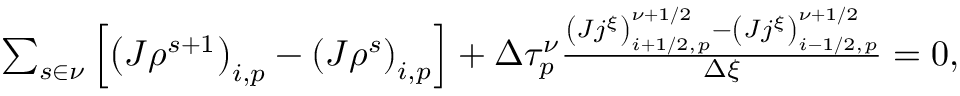
\begin{array} { r } { \sum _ { s \in \nu } \left[ \left( J \rho ^ { s + 1 } \right) _ { i , p } - \left( J \rho ^ { s } \right) _ { i , p } \right] + \Delta \tau _ { p } ^ { \nu } \frac { \left( J j ^ { \xi } \right) _ { i + 1 / 2 , p } ^ { \nu + 1 / 2 } - \left( J j ^ { \xi } \right) _ { i - 1 / 2 , p } ^ { \nu + 1 / 2 } } { \Delta \xi } = 0 , } \end{array}